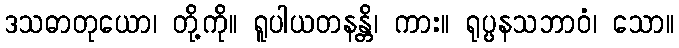
ဒသဓာတုယော၊ တို့ကို။ ရူပါယတနန္တိ၊ ကား။ ရုပ္ပနသဘာဝံ၊ သော။